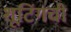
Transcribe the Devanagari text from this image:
शूटिंगची